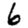
Digit: 6